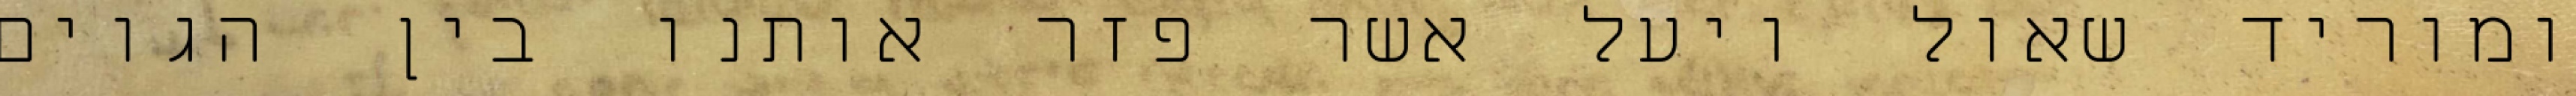
ומוריד שאול ויעל אשר פזר אותנו בין הגוים